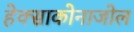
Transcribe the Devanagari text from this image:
हेक्‍साकोनाजोल